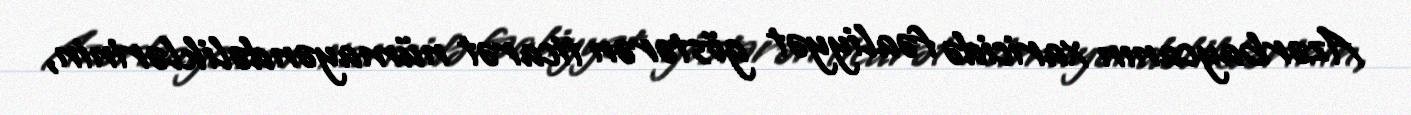
Azərbaycanın xaricidə fəaliyyət göstərən ticarət nümayəndəliklərinin,